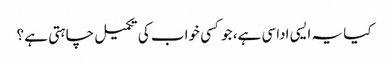
کیا یہ ایسی اداسی ہے، جو کسی خواب کی تکمیل چاہتی ہے ؟